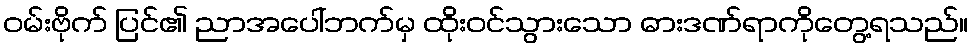
ဝမ်းဗိုက် ပြင်၏ ညာအပေါ်ဘက်မှ ထိုးဝင်သွားသော ဓားဒဏ်ရာကိုတွေ့ရသည်။